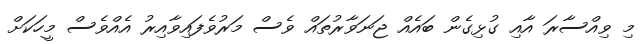
މި ވިއްސާރަ އާއި ގުޅިގެން ބައެއް ޖަނަވާރުތައް ވެސް މަރުވެފައިވާއިރު އެއްވެސް މީހަކަށް